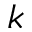
k